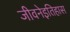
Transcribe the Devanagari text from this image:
जीवनेइतिहास